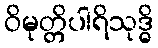
ဝိမုတ္တိပါရိသုဒ္ဓိ